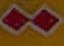
>